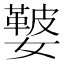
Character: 𡣐